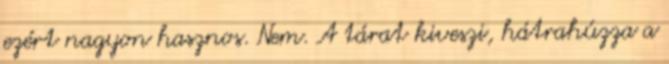
ezért nagyon hasznos. Nem. A tárat kiveszi, hátrahúzza a